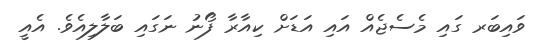
ވައިބަރ ގައި މެސެޖެއް އައި އަޑަށް ކިއާރާ ފޯނު ނަގައި ބަލާލިއެވެ. އެއީ